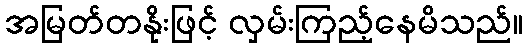
အမြတ်တနိုးဖြင့် လှမ်းကြည့်နေမိသည်။